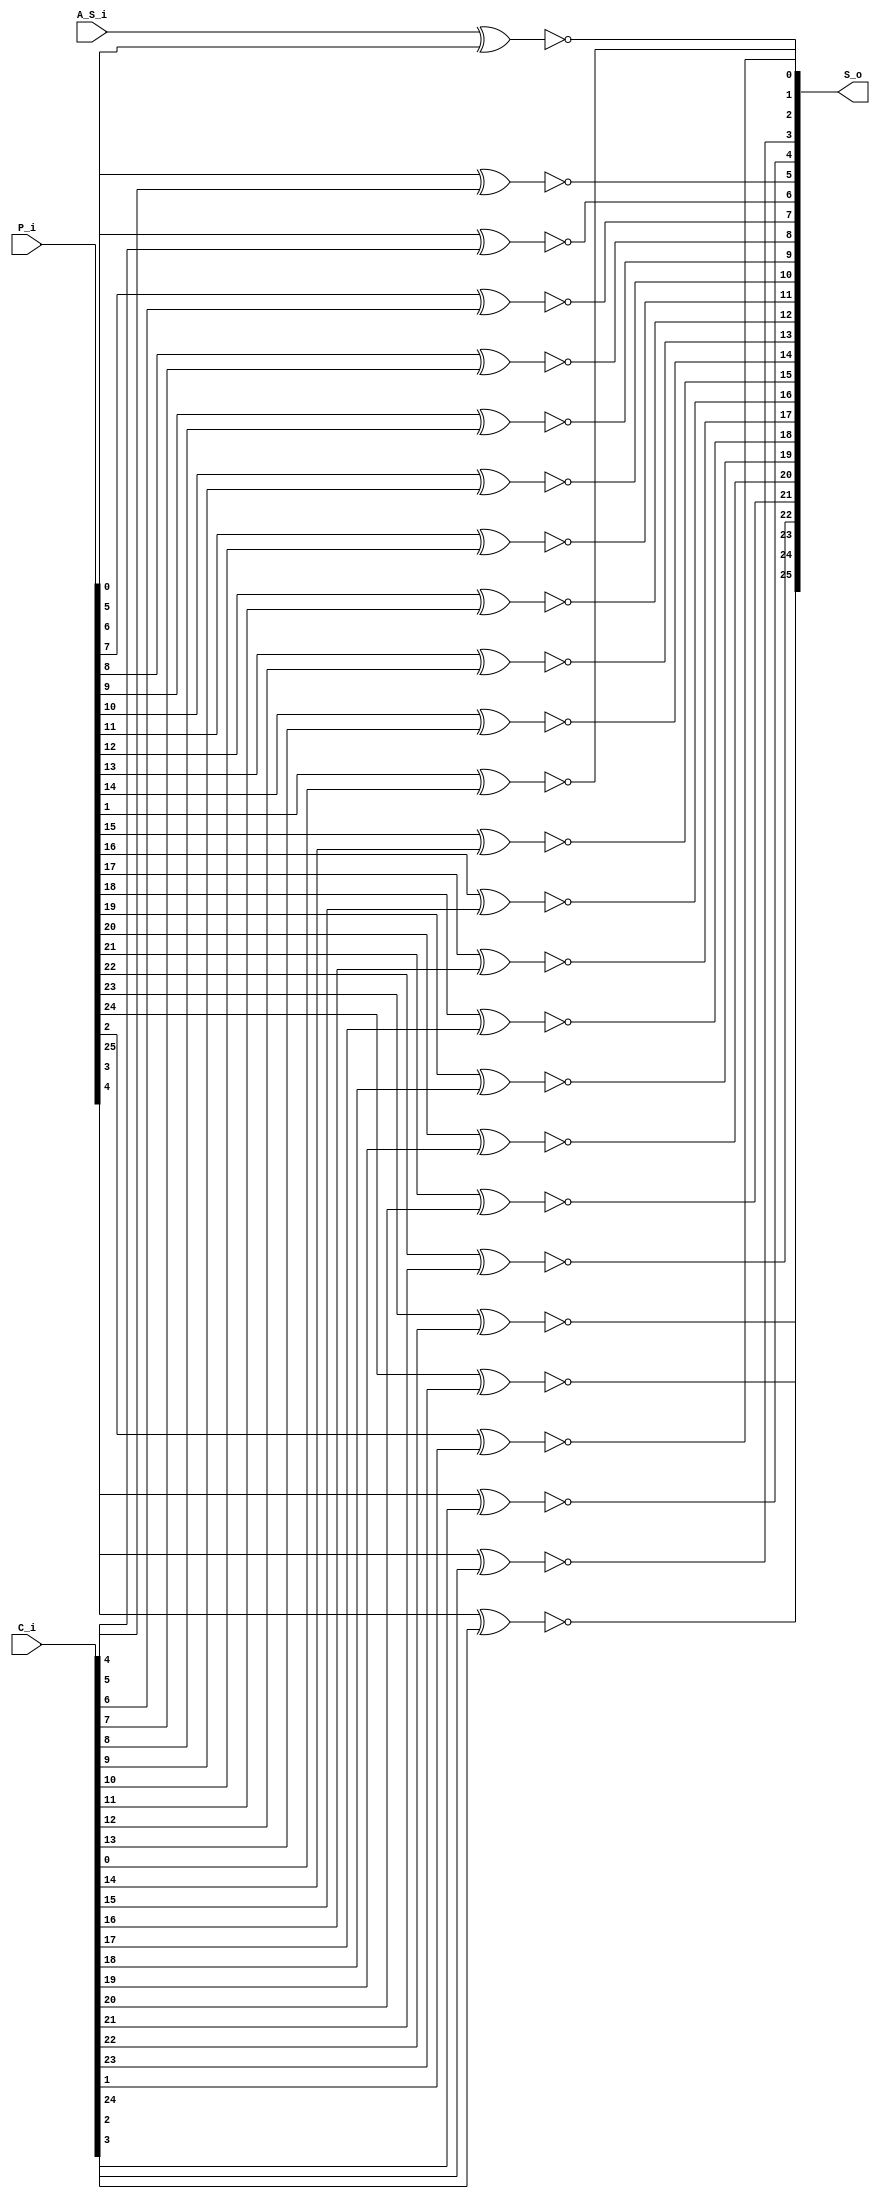
`timescale 1ns / 1ps
//////////////////////////////////////////////////////////////////////////////////
// Company: 
// Engineer: 
// 
// Design Name: 
// Module Name: Combinational_Logic_LZA
// Project Name: 
// Target Devices: 
// Tool Versions: 
// Description: 
// 
// Dependencies: 
// 
// Revision:
// Revision 0.01 - File Created
// Additional Comments:
// 
//////////////////////////////////////////////////////////////////////////////////


module Combinational_Logic_LZA
	#(parameter SWR=26) (
    input wire [SWR-1:0] P_i,
    input wire [SWR-1:1] C_i,
    input wire A_S_i,
    output wire [SWR-1:0] S_o
    );

    genvar j;
    generate for (j=0; j<SWR; j=j+1) begin
    	case (j)
    		0: begin
    			assign S_o[0] = ~(A_S_i ^ P_i[0]);
				end
			default: begin
    			assign S_o[j] = ~(P_i[j] ^ C_i[j]);
				end
			endcase
		end
	endgenerate
endmodule